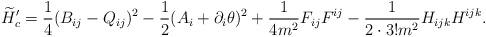
LaTeX: \begin{align*}\widetilde{H}'_c = \frac{1}{4}(B_{ij}-Q_{ij})^2-\frac{1}{2}(A_i+\partial_i\theta)^2+\frac{1}{4m^2}F_{ij}F^{ij}-\frac{1}{2\cdot3!m^2}H_{ijk}H^{ijk}.\end{align*}